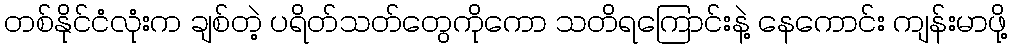
တစ်နိုင်ငံလုံးက ချစ်တဲ့ ပရိတ်သတ်တွေကိုကော သတိရကြောင်းနဲ့ နေကောင်း ကျန်းမာဖို့